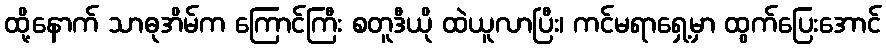
ထို့နောက် သာဓုအိမ်က ကြောင်ကြီး စတူဒီယို ထဲယူလာပြီး၊ ကင်မရာရှေ့မှာ ထွက်ပြေးအောင်